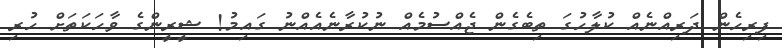
ފިރިހެން ދަރިއްނެއް ކުލާހުގަ ތިބެގެން ޖެއްސުމެއް ނުކުރާނެއެއްނު ގައިމު! ޝީރީންގެ ވާހަކަތަށް ހުރި